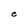
Character: e